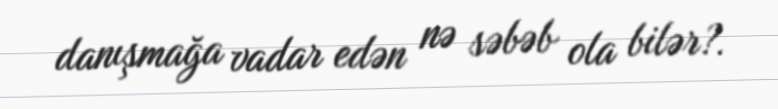
danışmağa vadar edən nə səbəb ola bilər?.